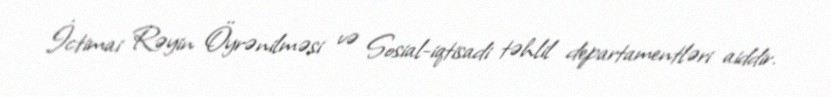
İctimai Rəyin Öyrənilməsi və Sosial-iqtisadi təhlil departamentləri aiddir.